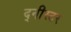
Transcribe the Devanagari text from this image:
द्नीस्टर